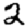
Digit: 2